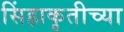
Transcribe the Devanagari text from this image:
सिंहाकृतीच्या